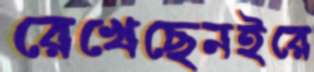
রেখেছেনইরে